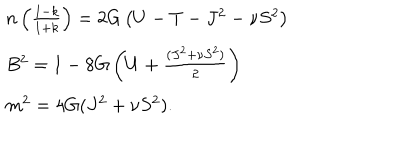
\begin{array} { l l } { { n \left( \frac { 1 - k } { 1 + k } \right) = 2 G \left( U - T - J ^ { 2 } - \nu S ^ { 2 } \right) } } \\ { { B ^ { 2 } = 1 - 8 G \left( U + \frac { ( J ^ { 2 } + \nu S ^ { 2 } ) } { 2 } \right) } } \\ { { m ^ { 2 } = 4 G ( J ^ { 2 } + \nu S ^ { 2 } ) . } } \\ \end{array}